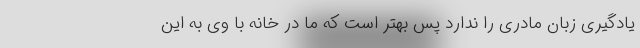
یادگیری زبان مادری را ندارد پس بهتر است که ما در خانه با وی به این